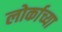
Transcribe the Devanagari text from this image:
लोर्काच्या